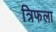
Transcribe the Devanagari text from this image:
त्रिफला